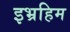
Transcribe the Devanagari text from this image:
इभ्रहिम